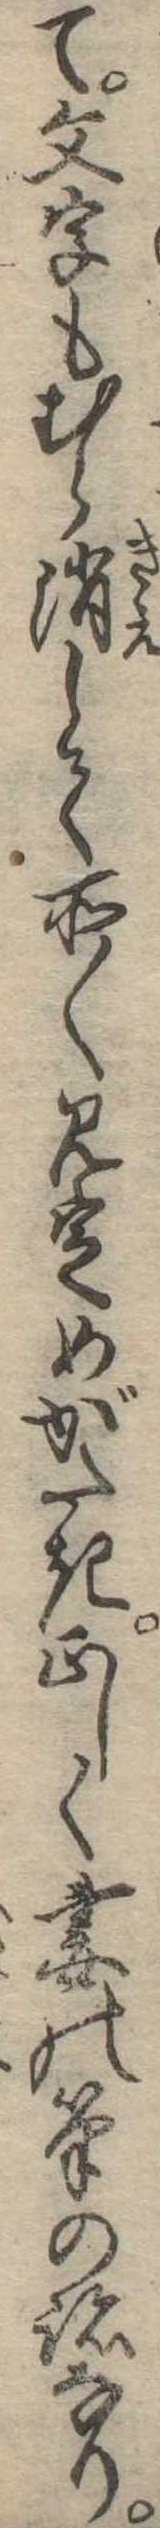
て文字もむら消して所〱見定めがたき正しく妻の筆の跡なり